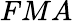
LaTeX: FMA